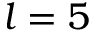
l = 5